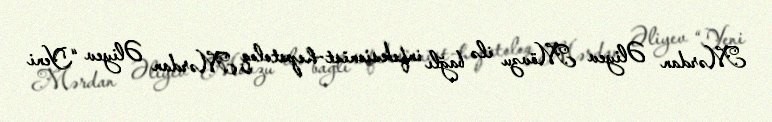
Mərdan Əliyev Mövzu ilə bağlı infeksionist-hepatoloq Mərdan Əliyev “Yeni